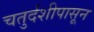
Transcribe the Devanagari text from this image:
चतुर्दशीपासून